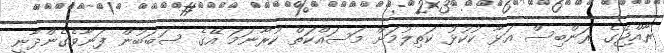
ރާއްޖޭގެ ރަންބިސް އަޅާ ކުކުޅު ކަތިލުމަށް މަސައްކަތް ކުރާނަމަ އޭގެ ސަބަބުން ފަނާވެގެންދާނީ